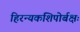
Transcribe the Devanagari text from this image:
हिरन्यकशिपोर्बक्षः